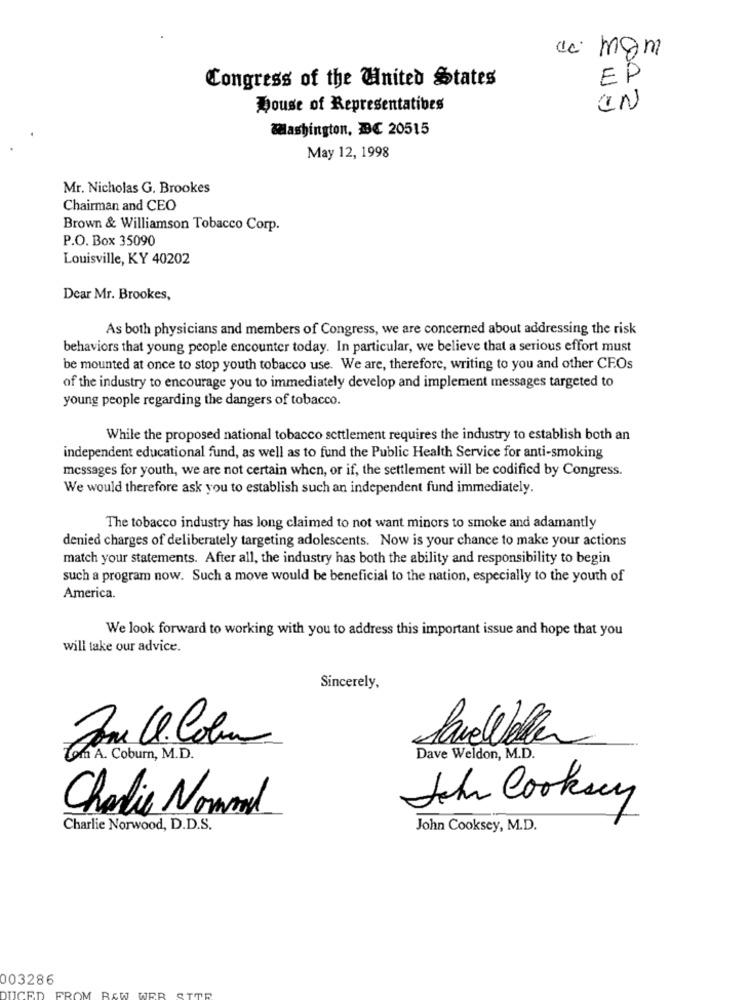
ci mgm
Congress of the United States
EP
House of Representatives
IN
Washington, DC 20515
May 12, 1998
Mr. Nicholas G. Brookes
Chairman and CEO
Brown & Williamson Tobacco Corp.
P.O. Box 35090
Louisville, KY 40202
Dear Mr. Brookes,
As both physicians and members of Congress, we are concerned about addressing the risk
behaviors that young people encounter today. In particular, we believe that a serious effort must
be mounted at once to stop youth tobacco use. We are, therefore, writing to you and other CFOs
of the industry to encourage you to immediately develop and implement messages targeted to
young people regarding the dangers of tobacco.
While the proposed national tobacco settlement requires the industry to establish both an
independent educational fund, as well as to fund the Public Health Service for anti-smoking
messages for youth, we are not certain when, or if, the settlement will be codified by Congress.
We would therefore ask you to establish such an independent fund immediately.
The tobacco industry has long claimed to not want minors to smoke and adamantly
denied charges of deliberately targeting adolescents. Now is your chance to make your actions
match your statements. After all, the industry has both the ability and responsibility to begin
such a program now. Such a move would be beneficial to the nation, especially to the youth of
America.
We look forward to working with you to address this important issue and hope that you
will take our advice.
Sincerely,
Same ll. Colin
Paveleller
Zom A. Coburn, M.D.
Dave Weldon, M.D.
John Cookiey
Charlie Normal
Charlie Norwood, D.D.S.
John Cooksey, M.D.
003286
OM
CED